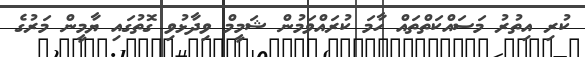
ކުރި އިތުރު މަސައްކަތްތައް ހާމަ ކުރައްވަމުން ޝަމީމް ވިދާޅުވި ގޮތުގައި ޔާމީން މަރުގެ